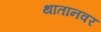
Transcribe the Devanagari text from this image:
थातानवर